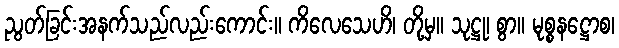
ညွတ်ခြင်းအနက်သည်လည်းကောင်း။ ကိလေသေဟိ၊ တို့မှ။ သုဋ္ဌု၊ စွာ။ မုစ္စနဋ္ဌောစ၊